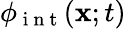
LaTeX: \phi_{\mathrm{~i~n~t~}}(\mathbf{x};t)